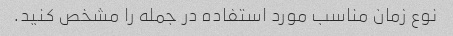
نوع زمان مناسب مورد استفاده در جمله را مشخص کنید.